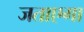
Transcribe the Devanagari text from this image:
जताएगा